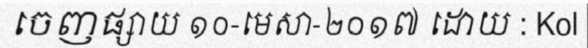
ចេញផ្សាយ ១០-មេសា-២០១៧ ដោយ : Kol